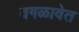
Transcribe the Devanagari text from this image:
वगळावेत